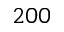
2 0 0